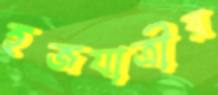
হজযাত্রীর